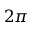
2 \pi